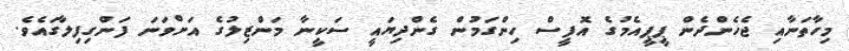
މިހާތަނާއި ޖެހެންދެން ޕީޕީއެމުގެ އޮފީސް ހިންގަމުން ގެންދިޔައީ ސަކީނާ މަންޒިލުގެ އަށްވަނަ ފަންގިފިލާގައެވެ.